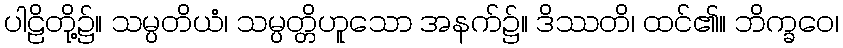
ပါဠိတို့၌။ သမ္ပတိယံ၊ သမ္ပတ္တိဟူသော အနက်၌။ ဒိဿတိ၊ ထင်၏။ ဘိက္ခဝေ၊